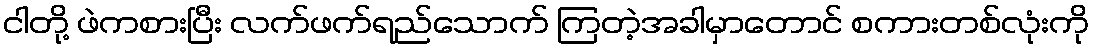
ငါတို့ ဖဲကစားပြီး လက်ဖက်ရည်သောက် ကြတဲ့အခါမှာတောင် စကားတစ်လုံးကို